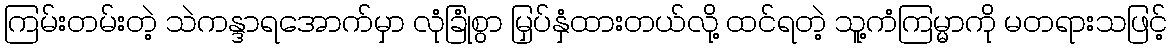
ကြမ်းတမ်းတဲ့ သဲကန္ဒာရအောက်မှာ လုံခြုံစွာ မြှပ်နှံထားတယ်လို့ ထင်ရတဲ့ သူ့ကံကြမ္မာကို မတရားသဖြင့်